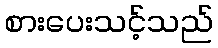
စားပေးသင့်သည်